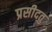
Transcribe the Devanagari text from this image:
प्रसीदतु